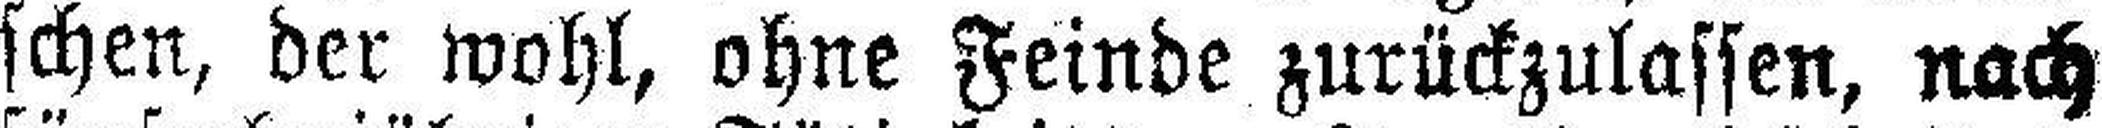
schen, der wohl, ohne Feinde zurückzulassen, nach